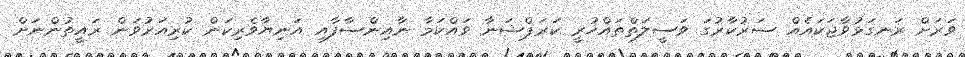
ވަރަށް ރަނގަޅުވާޖަކައެއް ސަރުކާރުގަ ވަސީލަތްތައްހުރީ ކަރަޕްޝަނާ ވައްކަމާ ނާއިންސާފާއި އަނިޔާވެރިކަން ކުރިއަރުވަން ރައީތުންނަށް